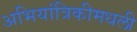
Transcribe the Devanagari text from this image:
अभियांत्रिकीमधली